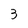
Character: 3